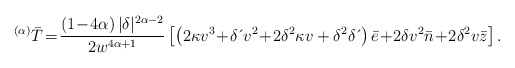
\begin{align*}^{\left( \alpha \right) }\bar{T}\!=\! \frac{\left( 1\!-\!4\alpha \right)|\delta|^{2\alpha-2}}{2w^{4\alpha+1}}\left[ \left( 2\kappa v^{3}\!+\!\delta \,\acute{}\,v^{2}\!+\!2\delta^{2}\kappa v+\delta^{2}\delta \,\acute{}\, \right) \bar{e}\!+\!2\delta v^{2}\bar{n}\!+\!2\delta^{2}v\bar{z}\right] .\end{align*}